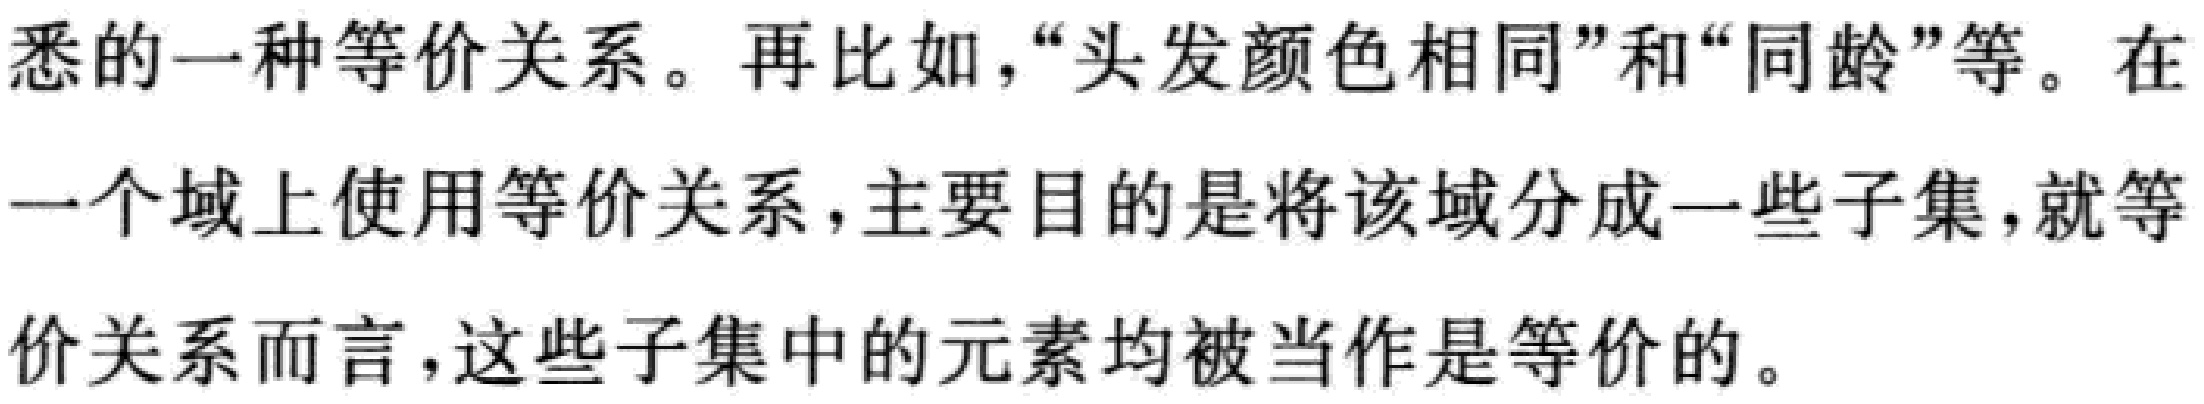
悉的一种等价关系。再比如，“头发颜色相同”和“同龄”等。在一个域上使用等价关系，主要目的是将该域分成一些子集，就等价关系而言，这些子集中的元素均被当作是等价的。